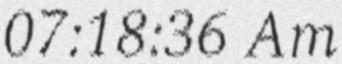
07:18:36 Am